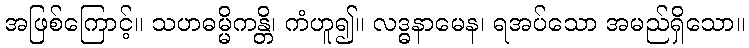
အဖြစ်ကြောင့်။ သဟဓမ္မိကန္တိ၊ ကံဟူ၍။ လဒ္ဓနာမေန၊ ရအပ်သော အမည်ရှိသော။